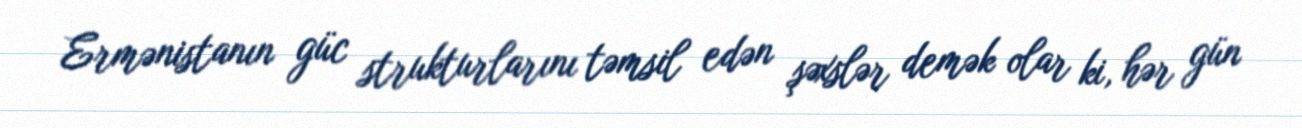
Ermənistanın güc strukturlarını təmsil edən şəxslər demək olar ki, hər gün